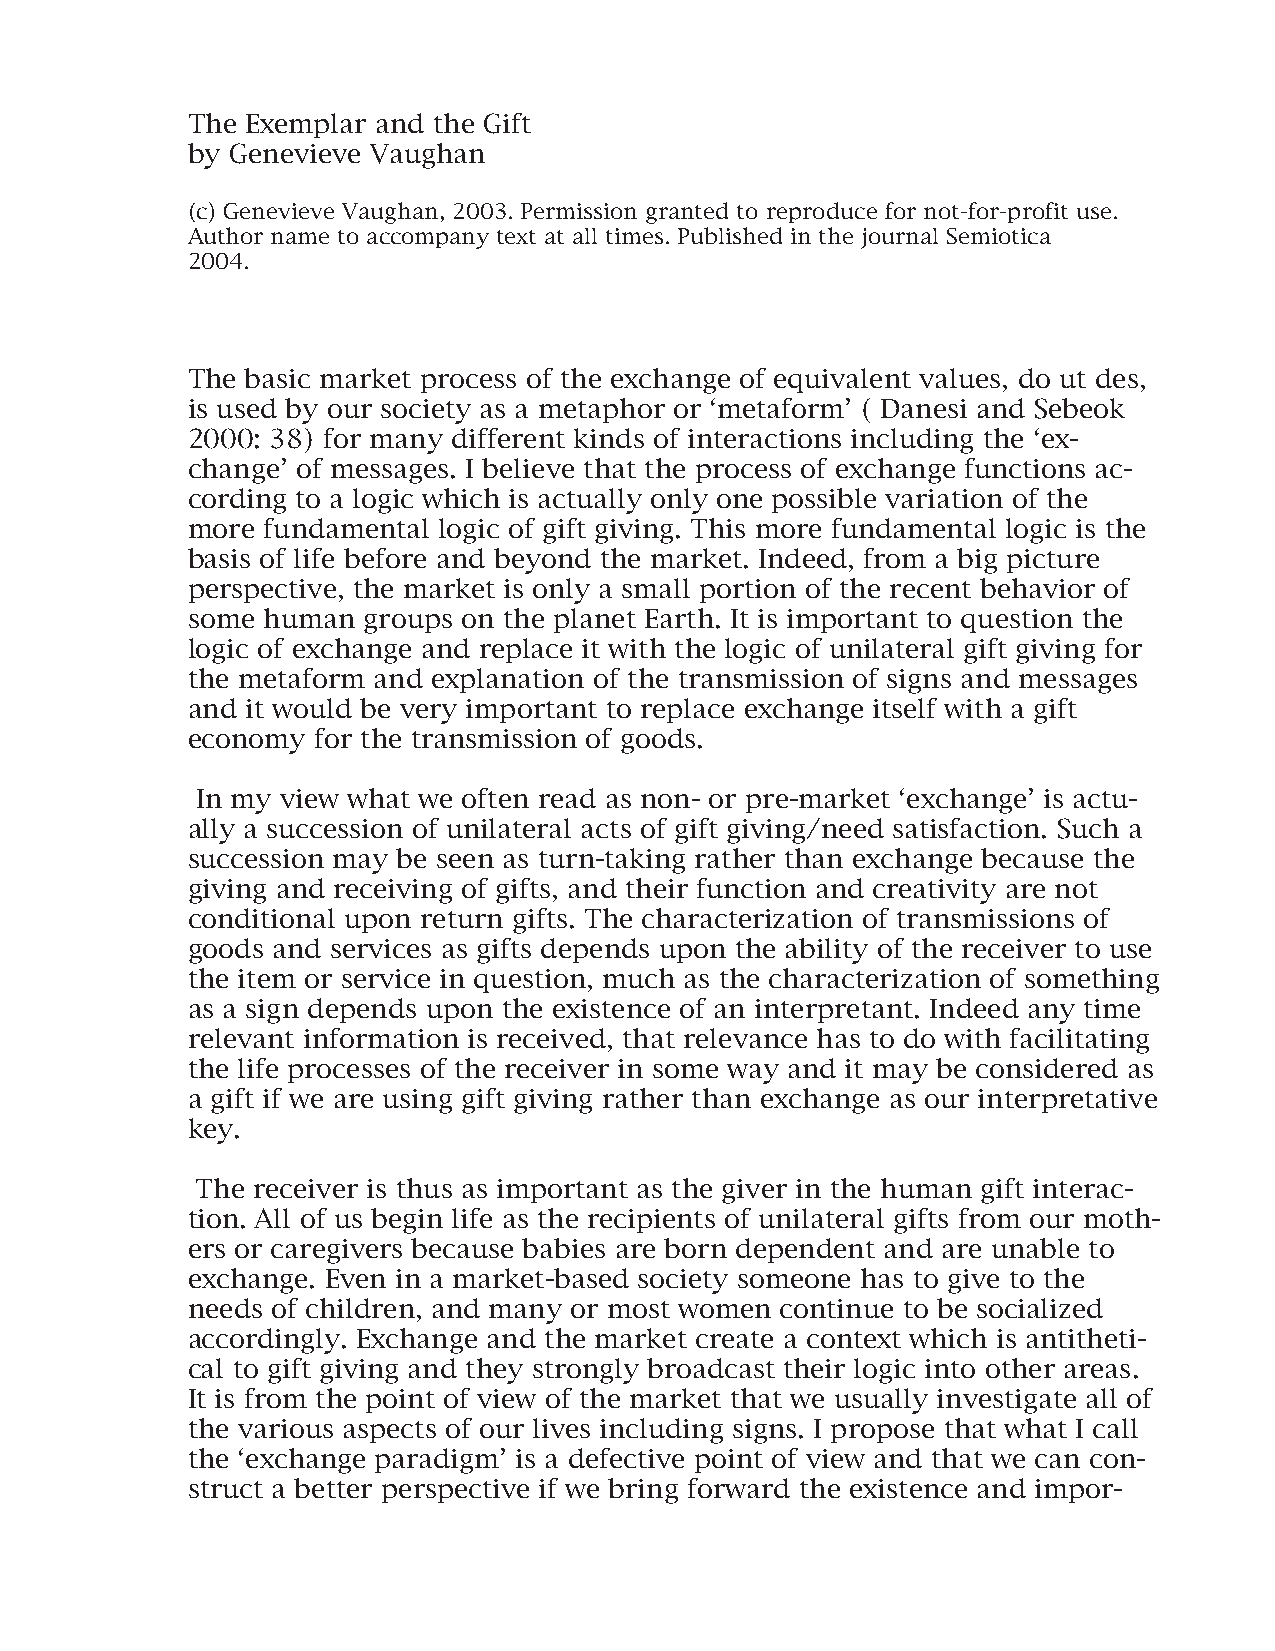
The Exemplar and the Gift
 by Genevieve Vaughan
 (c) Genevieve Vaughan, 2003. Permission granted to reproduce for not-for-profit use.
 Author name to accompany text at all times. Published in the journal Semiotica
 2004.
 The basic market process of the exchange of equivalent values, do ut des,
 is used by our society as a metaphor or ‘metaform’ ( Danesi and Sebeok
 2000: 38) for many different kinds of interactions including the ‘ex-
 change’ of messages. I believe that the process of exchange functions ac-
 cording to a logic which is actually only one possible variation of the
 more fundamental logic of gift giving. This more fundamental logic is the
 basis of life before and beyond the market. Indeed, from a big picture
 perspective, the market is only a small portion of the recent behavior of
 some human  groups on the planet Earth. It is important to question the
 logic of exchange and replace it with the logic of unilateral gift giving for
 the metaform and explanation of the transmission of signs and messages
 and it would be very important to replace exchange itself with a gift
 economy  for the transmission of goods.
 In my view what we often read as non- or pre-market ‘exchange’ is actu-
 ally a succession of unilateral acts of gift giving/need satisfaction. Such a
 succession may be seen as turn-taking rather than exchange because the
 giving and receiving of gifts, and their function and creativity are not
 conditional upon return gifts. The characterization of transmissions of
 goods and services as gifts depends upon the ability of the receiver to use
 the item or service in question, much as the characterization of something
 as a sign depends upon the existence of an interpretant. Indeed any time
 relevant information is received, that relevance has to do with facilitating
 the life processes of the receiver in some way and it may be considered as
 a gift if we are using gift giving rather than exchange as our interpretative
 key.
 The receiver is thus as important as the giver in the human gift interac-
 tion. All of us begin life as the recipients of unilateral gifts from our moth-
 ers or caregivers because babies are born dependent and are unable to
 exchange. Even in a market-based society someone has to give to the
 needs of children, and many or most women continue to be socialized
 accordingly. Exchange and the market create a context which is antitheti-
 cal to gift giving and they strongly broadcast their logic into other areas.
 It is from the point of view of the market that we usually investigate all of
 the various aspects of our lives including signs. I propose that what I call
 the ‘exchange paradigm’ is a defective point of view and that we can con-
 struct a better perspective if we bring forward the existence and impor-